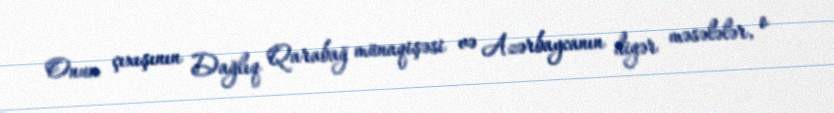
Onun çıxışının Dağlıq Qarabağ münaqişəsi və Azərbaycanın digər məsələlər, o